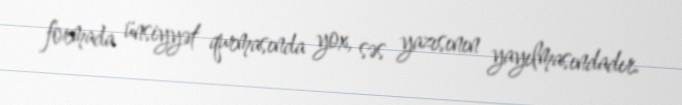
formada ünsiyyət qurmasında yox, səs yazısının yayılmasındadır.